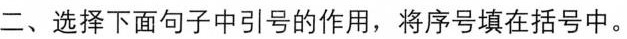
二、选择下面句子中引号的作用，将序号填在括号中。